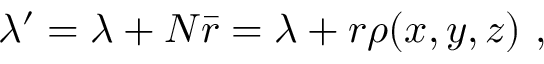
\lambda ^ { \prime } = \lambda + N \bar { r } = \lambda + r \rho ( x , y , z ) \ ,